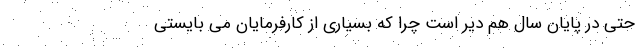
حتی در پایان سال هم دیر است چرا که بسیاری از کارفرمایان می بایستی